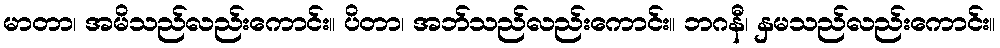
မာတာ၊ အမိသည်လည်းကောင်း။ ပိတာ၊ အဘ်သည်လည်းကောင်း။ ဘဂနီ၊ နှမသည်လည်းကောင်း။